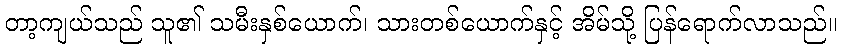
တာ့ကျယ်သည် သူ၏ သမီးနှစ်ယောက်၊ သားတစ်ယောက်နှင့် အိမ်သို့ ပြန်ရောက်လာသည်။